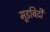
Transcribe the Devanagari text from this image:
मूडबिद्री